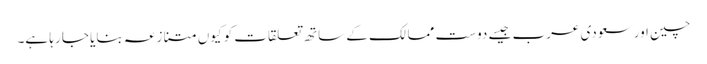
چین اور سعودی عرب جیسے دوست ممالک کے ساتھ تعلقات کو کیوں متنازعہ بنایا جا رہا ہے۔